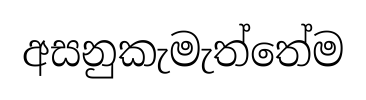
අසනුකැමැත්තේම